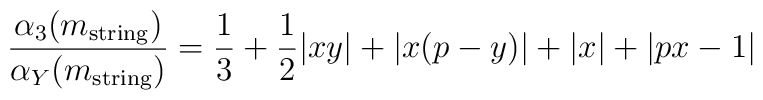
\frac{\alpha_3(m_{\rm string})}{\alpha_Y(m_{\rm string})}=\frac{1}{3}+\frac{1}{2}|xy|+|x(p-y)|+ |x| + |px-1|